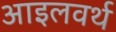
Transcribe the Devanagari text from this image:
आइलवर्थ